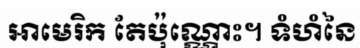
អាមេរិក តែប៉ុណ្ណោះ។ ទំហំនៃ